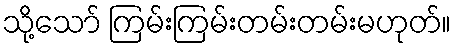
သို့သော် ကြမ်းကြမ်းတမ်းတမ်းမဟုတ်။